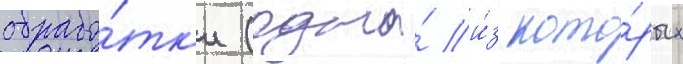
обрабо́тк'и (одна́ и́з кото́рых